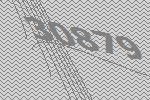
30879